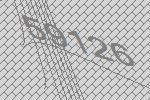
59126